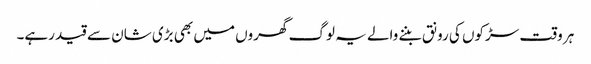
ہر وقت سڑکوں کی رونق بننے والے یہ لوگ گھروں میں بھی بڑی شان سے قید رہے۔